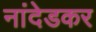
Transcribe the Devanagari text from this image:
नांदेडकर